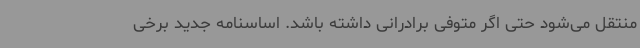
منتقل می‌شود حتی اگر متوفی برادرانی داشته باشد. اساسنامه جدید برخی